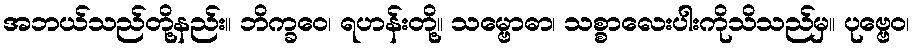
အဘယ်သည်တို့နည်း။ ဘိက္ခဝေ၊ ရဟန်းတို့။ သမ္ဗောဓာ၊ သစ္စာလေးပါးကိုသိသည်မှ။ ပုဗ္ဗေဝ၊